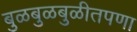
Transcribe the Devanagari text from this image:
बुळबुळबुळीतपणा